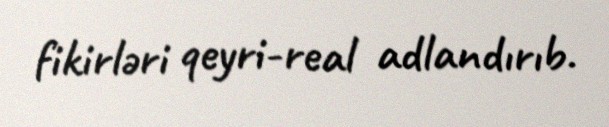
fikirləri qeyri-real adlandırıb.